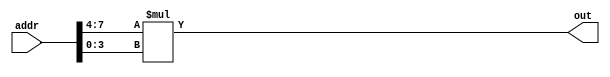
module lutbug ( addr, out);
	input [7:0] addr;
	output [3:0] out;
	assign out = addr[7:4] * addr[3:0];
endmodule